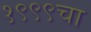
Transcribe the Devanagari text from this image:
१९९९चा